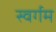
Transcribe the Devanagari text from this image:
स्वर्गम